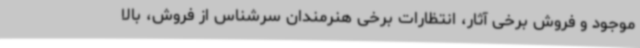
موجود و فروش برخی آثار، انتظارات برخی هنرمندان سرشناس از فروش، بالا